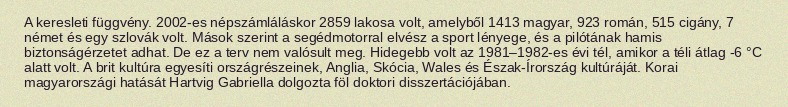
A keresleti függvény. 2002-es népszámláláskor 2859 lakosa volt, amelyből 1413 magyar, 923 román, 515 cigány, 7 német és egy szlovák volt. Mások szerint a segédmotorral elvész a sport lényege, és a pilótának hamis biztonságérzetet adhat. De ez a terv nem valósult meg. Hidegebb volt az 1981–1982-es évi tél, amikor a téli átlag -6 °C alatt volt. A brit kultúra egyesíti országrészeinek, Anglia, Skócia, Wales és Észak-Írország kultúráját. Korai magyarországi hatását Hartvig Gabriella dolgozta föl doktori disszertációjában.